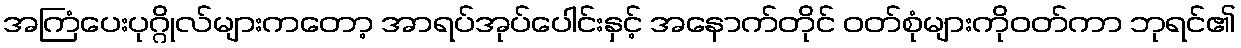
အကြံပေးပုဂ္ဂိုလ်များကတော့ အာရပ်အုပ်ပေါင်းနှင့် အနောက်တိုင် ဝတ်စုံများကိုဝတ်ကာ ဘုရင်၏